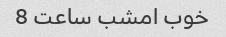
خوب امشب ساعت 8